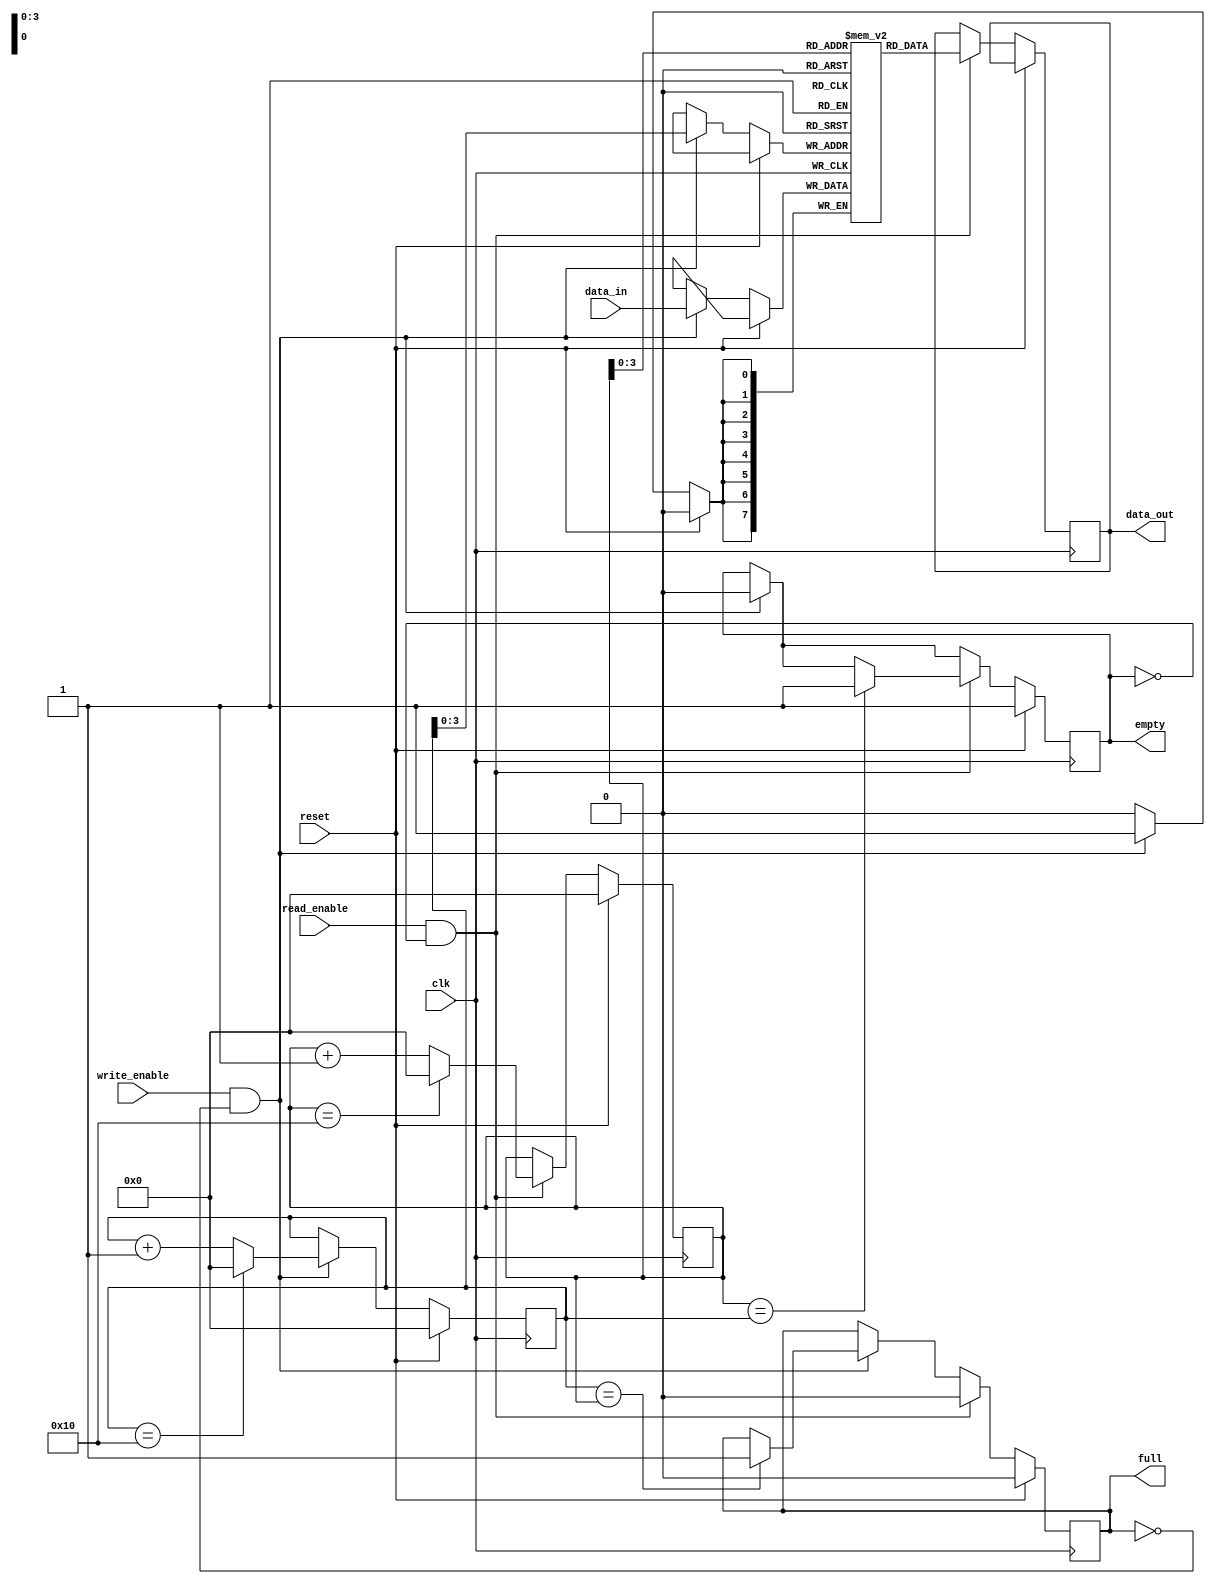
module fifo(
    input wire clk,
    input wire reset,
    input wire write_enable,
    input wire read_enable,
    input wire [DATA_WIDTH-1:0] data_in,
    output reg [DATA_WIDTH-1:0] data_out,
    output wire full,
    output wire empty
);

parameter DATA_WIDTH = 8;
parameter DEPTH = 16;

reg [DATA_WIDTH-1:0] memory [DEPTH-1:0];
reg [DATA_WIDTH-1:0] read_pointer;
reg [DATA_WIDTH-1:0] write_pointer;

reg full;
reg empty;

always @(posedge clk) begin
    if (reset) begin
        read_pointer <= 0;
        write_pointer <= 0;
        full <= 0;
        empty <= 1;
    end else begin
        // Write operation
        if (write_enable && !full) begin
            memory[write_pointer] <= data_in;
            write_pointer <= write_pointer + 1;
            if (write_pointer == DEPTH) begin
                write_pointer <= 0;
            end
            empty <= 0;
            if (write_pointer == read_pointer) begin
                full <= 1;
            end
        end

        // Read operation
        if (read_enable && !empty) begin
            data_out <= memory[read_pointer];
            read_pointer <= read_pointer + 1;
            if (read_pointer == DEPTH) begin
                read_pointer <= 0;
            end
            full <= 0;
            if (read_pointer == write_pointer) begin
                empty <= 1;
            end
        end
    end
end

endmodule